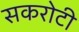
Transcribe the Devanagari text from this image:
सकरोटी